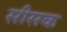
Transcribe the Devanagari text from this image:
सीसक